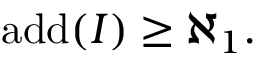
\operatorname { a d d } ( I ) \geq \aleph _ { 1 } .